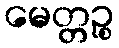
မေတ္တဉ္စ